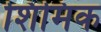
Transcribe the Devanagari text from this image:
शिमिक